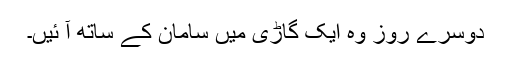
دوسرے روز وہ ایک گاڑی میں سامان کے ساتھ آ ئیں۔